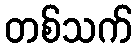
တစ်သက်